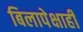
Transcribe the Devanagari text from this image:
बिलापेक्षाही